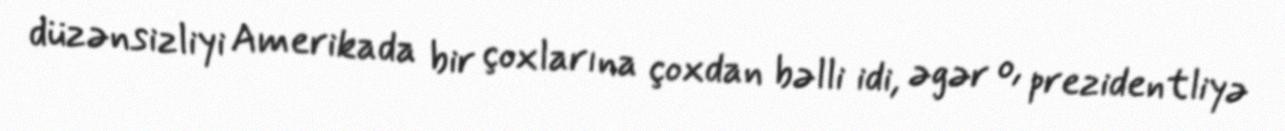
düzənsizliyi Amerikada bir çoxlarına çoxdan bəlli idi, əgər o, prezidentliyə